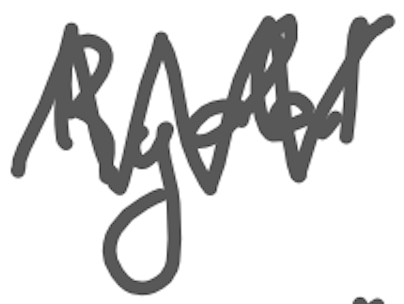
Text: Rydal
Cross-out: zig-zag
Writing tool: digital_gray